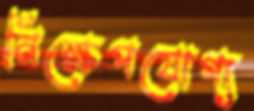
নিক্ষেপযোগ্য